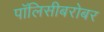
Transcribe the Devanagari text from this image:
पॉलिसीबरोबर